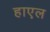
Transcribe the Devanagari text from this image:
हाएल